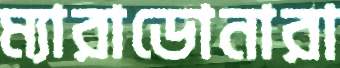
ম্যারাডোনারা